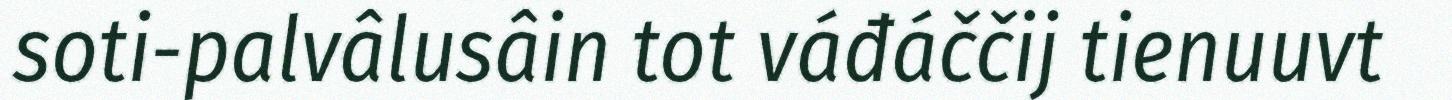
soti-palvâlusâin tot váđáččij tienuuvt